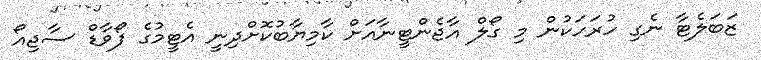
ޒަބަލެޓާ ނެގި ހުރަހަކުން މި ގޯލް އާޖެންޓީނާއަށް ކާމިޔާބުކޮށްދިނީ އެޓީމުގެ ފޯވާޑް ސާޖިއޯ